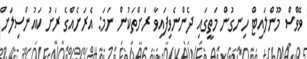
ވޭވްސް މޫންލައިޓް ހިނގުން މަތީގައި ދެންނެވިފައިވާ ރަށްތަކުން ނަމަ: އެރަށެއްގެ ރަށު ކައުންސިލަށް